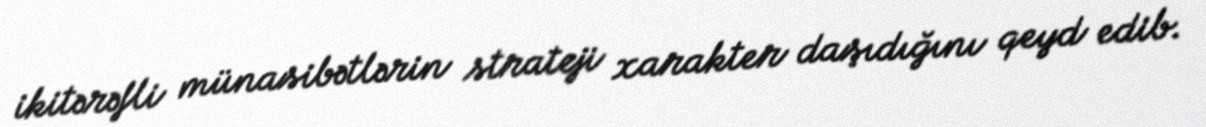
ikitərəfli münasibətlərin strateji xarakter daşıdığını qeyd edib.